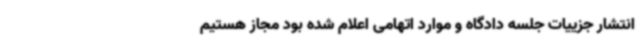
انتشار جزییات جلسه دادگاه و موارد اتهامی اعلام شده بود مجاز هستیم